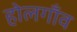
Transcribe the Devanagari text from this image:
होलगाँव